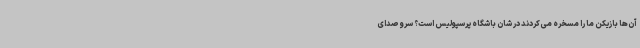
آن‌ها بازیکن ما را مسخره می‌کردند در شان باشگاه پرسپولیس است؟ سروصدای